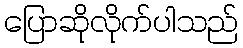
ပြောဆိုလိုက်ပါသည်